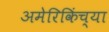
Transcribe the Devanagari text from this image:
अमेरिकिंच्या